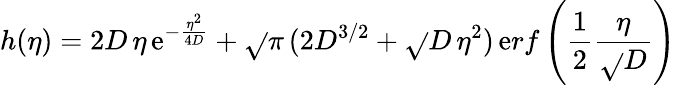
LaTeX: h(\eta)=2D\, \eta\, \mathrm{e}^{-\frac{{\eta^{2}}}{{4D}}}+\sqrt{}{{\pi}}\, (2D^{3/2}+\sqrt{}{{D}}\, \eta^{2})\, \mathrm{e}rf\left(\frac{{1}}{{2}}\frac{{\eta}}{{\sqrt{}{{D}}}}\right)